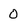
Character: O